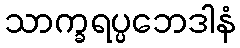
သာက္ခရပ္ပဘေဒါနံ